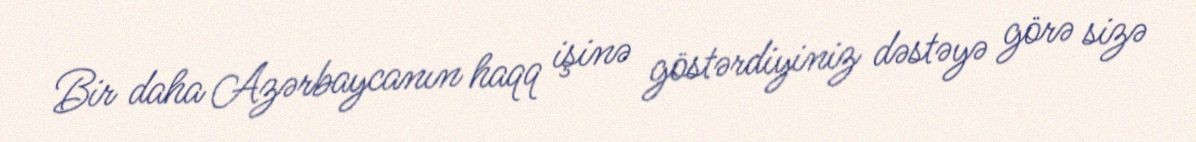
Bir daha Azərbaycanın haqq işinə göstərdiyiniz dəstəyə görə sizə